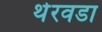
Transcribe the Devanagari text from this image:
थेरवडा